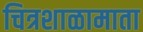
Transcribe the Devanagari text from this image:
चित्रशाळामाता